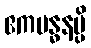
ဧကဗန္ဓနမ္ပိ